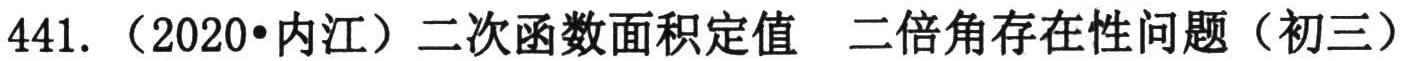
441. （2020•内江）二次函数面积定值 二倍角存在性问题（初三）